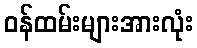
ဝန်ထမ်းများအားလုံး